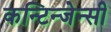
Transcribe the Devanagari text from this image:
कन्टिन्जेन्सी